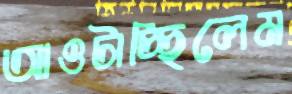
আওটাচ্ছিলেম